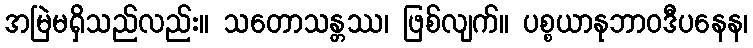
အမြဲမရှိသည်လည်း။ သတောသန္တဿ၊ ဖြစ်လျက်။ ပစ္စယာနုဘာဝဒီပနေန၊